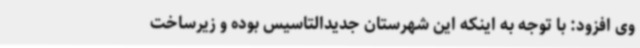
وی افزود: با توجه به اینکه این شهرستان جدیدالتاسیس بوده و زیرساخت